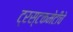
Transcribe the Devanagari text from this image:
ट्रस्टकमेटीचे